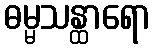
ဓမ္မသန္ထာရော